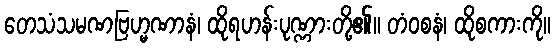
တေသံသမဏဗြဟ္မဏာနံ၊ ထိုရဟန်းပုဏ္ဏားတို့၏။ တံဝစနံ၊ ထိုစကားကို။